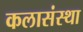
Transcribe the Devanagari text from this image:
कलासंस्था